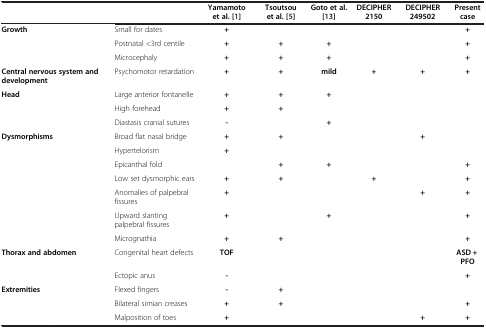
<table><thead><tr><td><b> </b></td><td><b> </b></td><td><b>Yamamoto et al.[1]</b></td><td><b>Tsoutsou et al.[5]</b></td><td><b>Goto et al.[13]</b></td><td><b>DECIPHER 2150</b></td><td><b>DECIPHER 249502</b></td><td><b>Present case</b></td></tr></thead><tbody><tr><td rowspan="3"><b>Growth</b></td><td>Small for dates</td><td><b>+</b></td><td> </td><td> </td><td> </td><td> </td><td><b>+</b></td></tr><tr><td>Postnatal &lt;3rd centile</td><td><b>+</b></td><td><b>+</b></td><td><b>+</b></td><td> </td><td> </td><td><b>+</b></td></tr><tr><td>Microcephaly</td><td><b>+</b></td><td><b>+</b></td><td><b>+</b></td><td> </td><td> </td><td><b>+</b></td></tr><tr><td><b>Central nervous system and development</b></td><td>Psychomotor retardation</td><td><b>+</b></td><td><b>+</b></td><td><b>mild</b></td><td><b>+</b></td><td><b>+</b></td><td><b>+</b></td></tr><tr><td rowspan="3"><b>Head</b></td><td>Large anterior fontanelle</td><td><b>+</b></td><td><b>+</b></td><td><b>+</b></td><td> </td><td> </td><td> </td></tr><tr><td>High forehead</td><td><b>+</b></td><td><b>+</b></td><td> </td><td> </td><td> </td><td> </td></tr><tr><td>Diastasis cranial sutures</td><td><b>-</b></td><td> </td><td><b>+</b></td><td> </td><td> </td><td> </td></tr><tr><td rowspan="7"><b>Dysmorphisms</b></td><td>Broad flat nasal bridge</td><td><b>+</b></td><td><b>+</b></td><td> </td><td> </td><td><b>+</b></td><td> </td></tr><tr><td>Hypertelorism</td><td><b>+</b></td><td> </td><td> </td><td> </td><td> </td><td> </td></tr><tr><td>Epicanthal fold</td><td> </td><td><b>+</b></td><td><b>+</b></td><td> </td><td> </td><td><b>+</b></td></tr><tr><td>Low set dysmorphic ears</td><td><b>+</b></td><td><b>+</b></td><td> </td><td><b>+</b></td><td> </td><td><b>+</b></td></tr><tr><td>Anomalies of palpebral fissures</td><td><b>+</b></td><td> </td><td> </td><td> </td><td><b>+</b></td><td><b>+</b></td></tr><tr><td>Upward slanting palpebral fissures</td><td><b>+</b></td><td> </td><td><b>+</b></td><td> </td><td> </td><td><b>+</b></td></tr><tr><td>Micrognathia</td><td><b>+</b></td><td><b>+</b></td><td> </td><td> </td><td> </td><td><b>+</b></td></tr><tr><td rowspan="2"><b>Thorax and abdomen</b></td><td>Congenital heart defects</td><td><b>TOF</b></td><td> </td><td> </td><td> </td><td> </td><td><b>ASD + PFO</b></td></tr><tr><td>Ectopic anus</td><td><b>-</b></td><td> </td><td> </td><td> </td><td> </td><td><b>+</b></td></tr><tr><td rowspan="2"><b>Extremities</b></td><td>Flexed fingers</td><td><b>-</b></td><td><b>+</b></td><td> </td><td> </td><td> </td><td> </td></tr><tr><td>Bilateral simian creases</td><td><b>+</b></td><td><b>+</b></td><td> </td><td> </td><td> </td><td><b>+</b></td></tr><tr><td> </td><td>Malposition of toes</td><td><b>+</b></td><td> </td><td> </td><td> </td><td><b>+</b></td><td><b>+</b></td></tr></tbody></table>